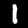
Digit: 1